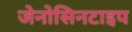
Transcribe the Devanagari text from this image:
जेनोसिनटाइप